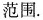
范围。